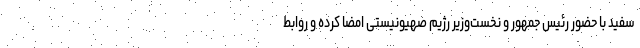
سفید با حضور رئیس جمهور و نخست‌وزیر رژیم صهیونیستی امضا کرده‌ و روابط